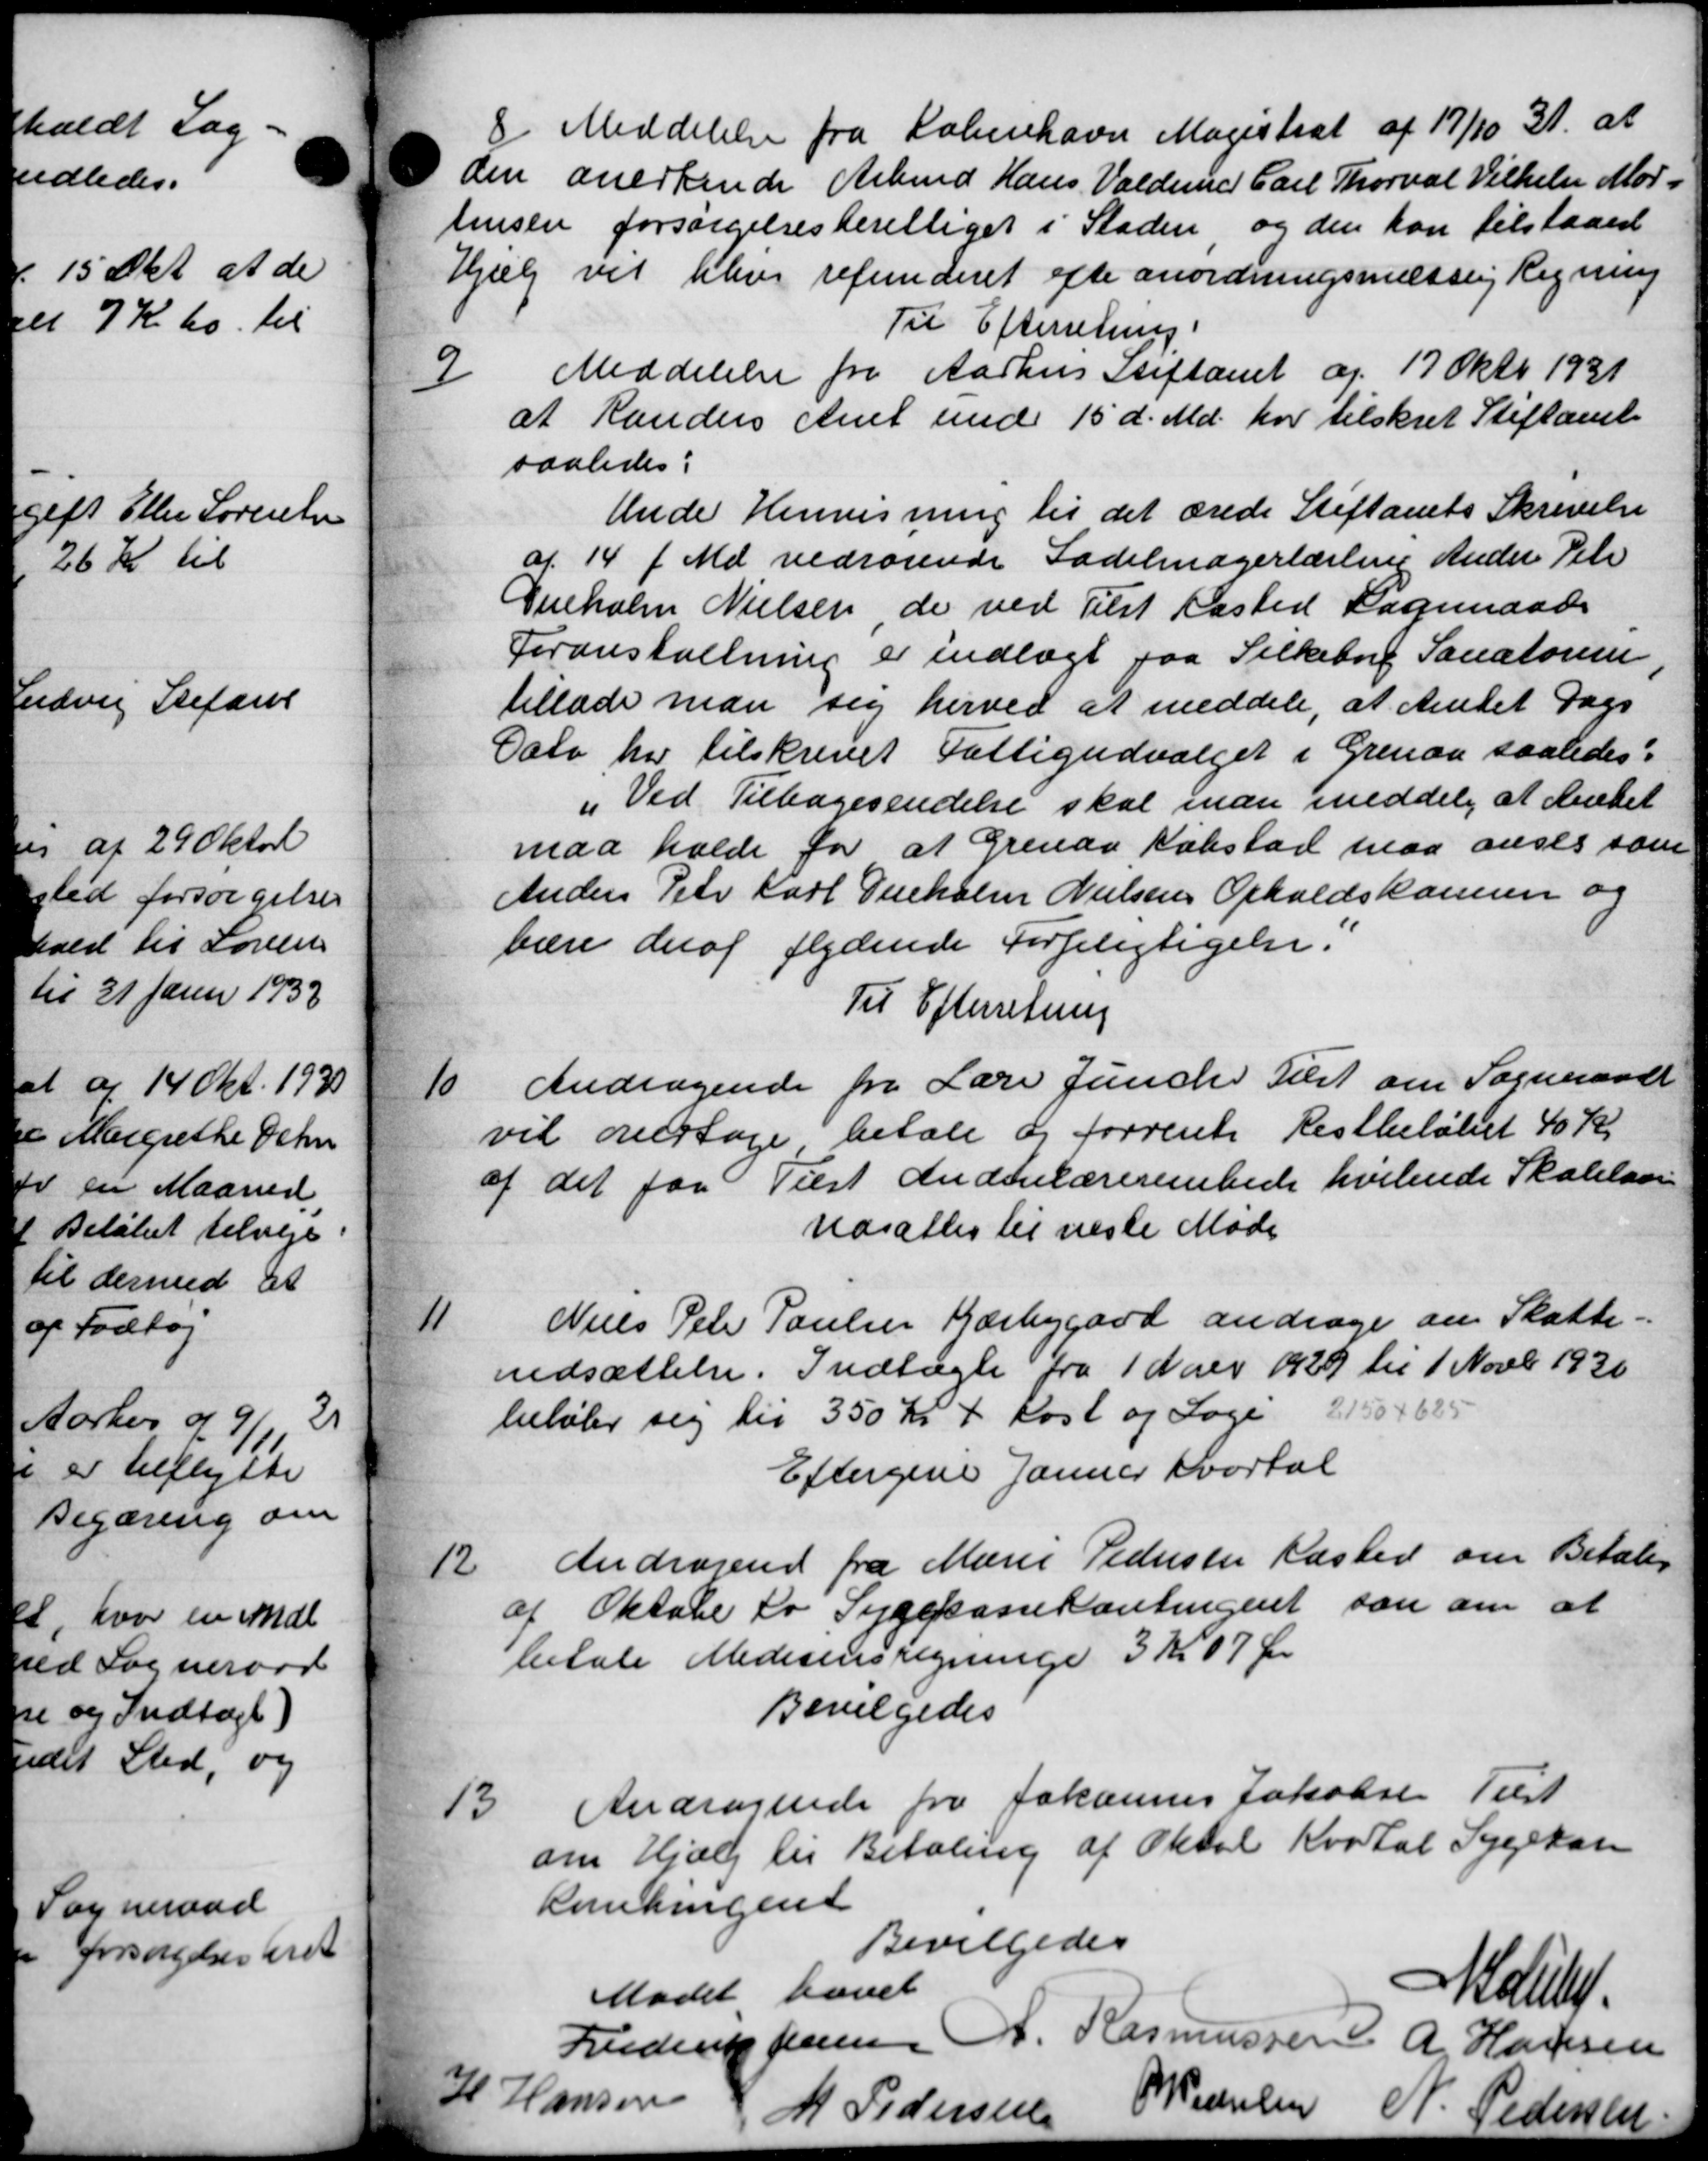
Transskription:
8
Meddelelse fra København Magistrat af 17/10 31. at
den anerkende Arbmd Hans Valdemar Carl Thorval Vilhelm Mod-
tensen forsørgelsesberettiget i Staden, og den kan tilstaaes
Hjælp vil blive refunderet efte anordningsmæssig Regning
Til Efterretning.
9
Meddelelse fra Aarhus Stiftamt af 17 Oktb 1931
at Randers Amt med 15 d. Md. har tilskret Stiftamt
saaledes:
Unde Henvisning til det ærede Stiftamts Skrivelse
af 14 f. Md. vedrørende Sadelmagerlærling Ander Peter
Gelholm Nielsen de ved Tilst Kasted Sogneraads
Foranstaltning er indlagt paa Silkeborg Sanatoren
tillade man sig herved at meddele, at Amtet Dags
Dato har tilskrevet Fattigudvalget i Grenaa saaledes:
" Ved Tilbagesendelse skal man meddele, at Amtet
maa holde for at Grenaa Købstad maa anses som
Anders Peter Carl Dueholm Nielsens Opholdskomme og
bære deraf flydende Forpligtigelse:
Til Efterretning

Andragende fra Lærer Juncher Tilst om Sogneraade
vil overtage betale og forrente Restbeløbet 40 Kr
af det for Tilst Andenlærerembede hvilende Skolelaan
udsattes til næste Møde

Niels Peter Poulsen Kærbygård andrage om Skatte-
nedsættelse. Indtægte fra 1 Navn 1929 til 1 Novb 1930
beløber sig til 350 Kr + Kost og Loge 21504625
Eftergive Januar Kvartal

Andragende fra Marie Pedersen Kasted om Betalin
af Oktober to Sygekassekontingent som om at
betale Medicinsregninge 3 Kr. 07 Øre
Bevilgedes

Andragende fra Johannes Jakobsen Tilst
om Hjælp til Betaling af Oktob Kvartal Sygekasse
Remningen
Bevilgedes
Mødet hævet
Mauler
Frederik Jensen A. Rasmussen A Hansen
sen
M Pedersen
P Pedelsen
N. Pedersen